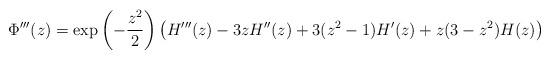
LaTeX: \begin{align*}\Phi'''(z) = \exp\left(-\frac{z^2}{2} \right) \bigl(H'''(z) - 3 z H''(z) + 3 (z^2-1) H'(z) + z(3-z^2) H(z) \bigr)\end{align*}